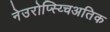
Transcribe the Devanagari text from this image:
नेउरोप्स्य्चिअतिक